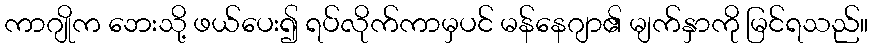
ကာဂျိုက ဘေးသို့ ဖယ်ပေး၍ ရပ်လိုက်ကာမှပင် မန်နေဂျာ၏ မျက်နှာကို မြင်ရသည်။